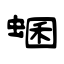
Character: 蜠